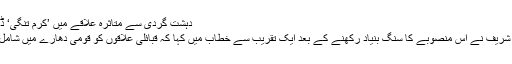
دہشت گردی سے متاثرہ علاقے میں ’کرم تنگی‘ ڈیم کا سنگ بنیاد
وزیراعظم نواز شریف نے اس منصوبے کا سنگ بنیاد رکھنے کے بعد ایک تقریب سے خطاب میں کہا کہ قبائلی علاقوں کو قومی دھارے میں شامل کیا جا رہا ہے۔